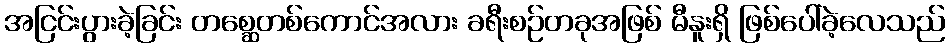
အငြင်းပွားခဲ့ခြင်း တစ္ဆေတစ်ကောင်အလား ခရီးစဉ်တခုအဖြစ် မီနူးရှိ ဖြစ်ပေါ်ခဲ့လေသည်